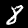
Label: 8